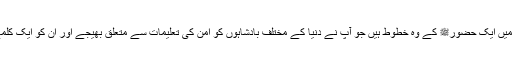
۵-عالمی سطح پر حضورﷺ نے جو کو شش کی ان میں ایک حضورﷺ کے وہ خطوط ہیں جو آپ نے دنیا کے مختلف بادشاہوں کو امن کی تعلیمات سے متعلق بھیجے اور ان کو ایک کلمے کی دعوت دی اور امن و سلامتی کی طرف بلایا۔